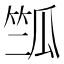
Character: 𰩽